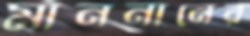
মাননানের